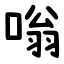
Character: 嗡